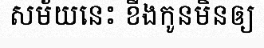
សម័យនេះ ខឹងកូនមិនឲ្យ